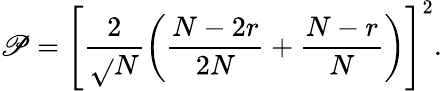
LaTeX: \mathscr{P}=\left[\frac{{2}}{{\sqrt{}{{N}}}}\left(\frac{{N-2r}}{{2N}}+\frac{{N-r}}{{N}}\right)\right]^{2}.